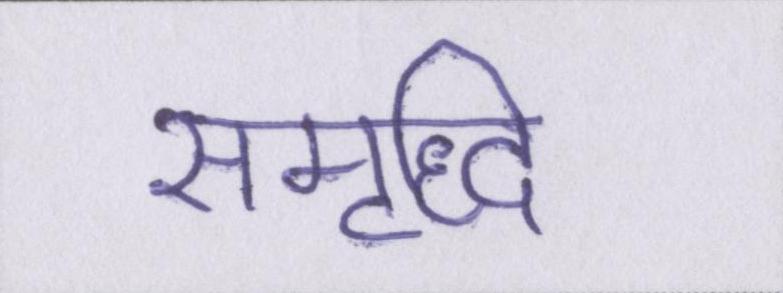
समृध्दि